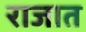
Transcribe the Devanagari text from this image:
राजात